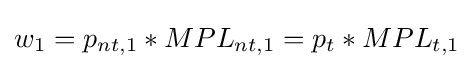
w_{1}=p_{nt,1}*MPL_{nt,1}=p_{t}*MPL_{t,1}